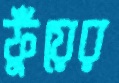
ফুঁয়ের